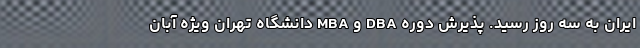
ایران به سه روز رسید. پذیرش دوره DBA و MBA دانشگاه تهران ویژه آبان